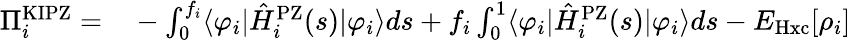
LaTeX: \begin{array}{rl}{\Pi_{i}^{\mathrm{KIPZ}}=}&{{}-\int_{0}^{f_{i}}\langle\varphi_{i}|\hat{H}_{i}^{\mathrm{PZ}}(s)|\varphi_{i}\rangle ds+f_{i}\int_{0}^{1}\langle\varphi_{i}|\hat{H}_{i}^{\mathrm{PZ}}(s)|\varphi_{i}\rangle ds-E_{\mathrm{Hxc}}[\rho_{i}]}\end{array}